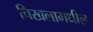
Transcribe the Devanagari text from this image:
चिखलामधील